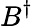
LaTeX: B^{\dagger}